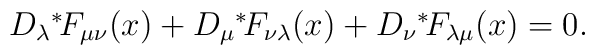
D_\lambda \mbox{\mbox{}$^*\!$} F_{\mu\nu}(x) + D_\mu \mbox{\mbox{}$^*\!$}F_{\nu\lambda}(x)   + D_\nu \mbox{\mbox{}$^*\!$} F_{\lambda\mu}(x) = 0.